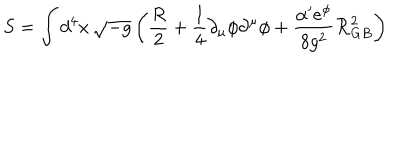
LaTeX: S = \int d ^ { 4 } x \, \sqrt { - g } \left( \frac { R } { 2 } + \frac { 1 } { 4 } \partial _ { \mu } \phi \partial ^ { \mu } \phi + \frac { \alpha ^ { \prime } e ^ { \phi } } { 8 g ^ { 2 } } { \cal R } _ { G B } ^ { 2 } \right)